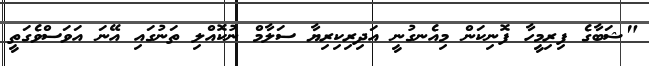
"ޝަބާގެ ފިރިމީހާ ފޮނިކަން މިއެނގުނީ އަދިރިކިރިޔާ ސަލާމް ނުކޮއްލި ތަނުގައި އޭނަ އަވަސްވެގަތީ